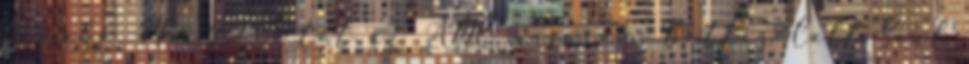
témába. Ma. 22:00-tól az AMC műsorán: Better Call Saul